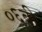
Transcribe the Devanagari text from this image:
०६बी